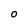
Character: O